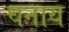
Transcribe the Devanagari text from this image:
घनाय